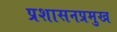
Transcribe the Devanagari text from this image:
प्रशासनप्रमुख